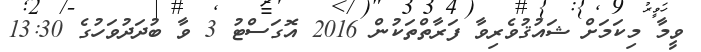
ވީމާ މިކަމަށް ޝައުޤުވެރިވާ ފަރާތްތަކުން 2016 އޮގަސްޓު 3 ވާ ބުދަދުވަހުގެ 13:30